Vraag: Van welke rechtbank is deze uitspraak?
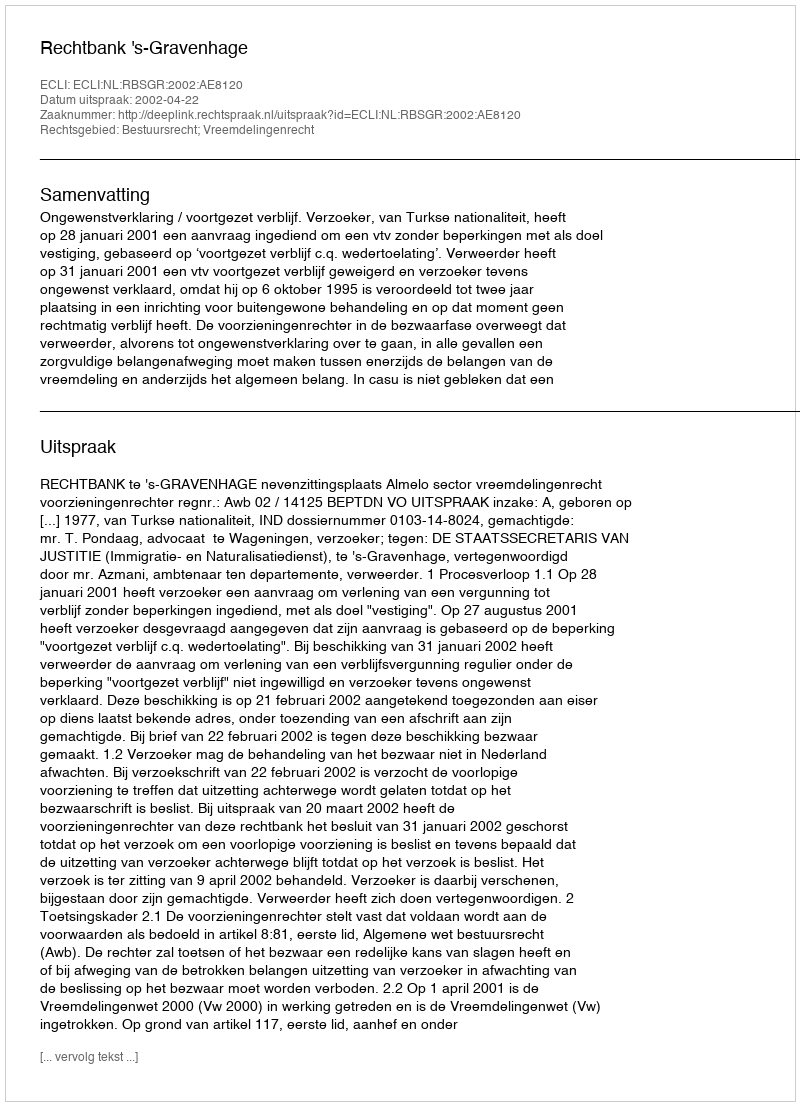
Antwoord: Rechtbank 's-Gravenhage